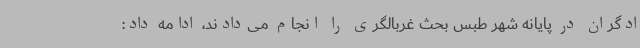
ادگران در پایانه شهر طبس بحث غربالگری را انجام می‌دادند، ادامه‌ داد: